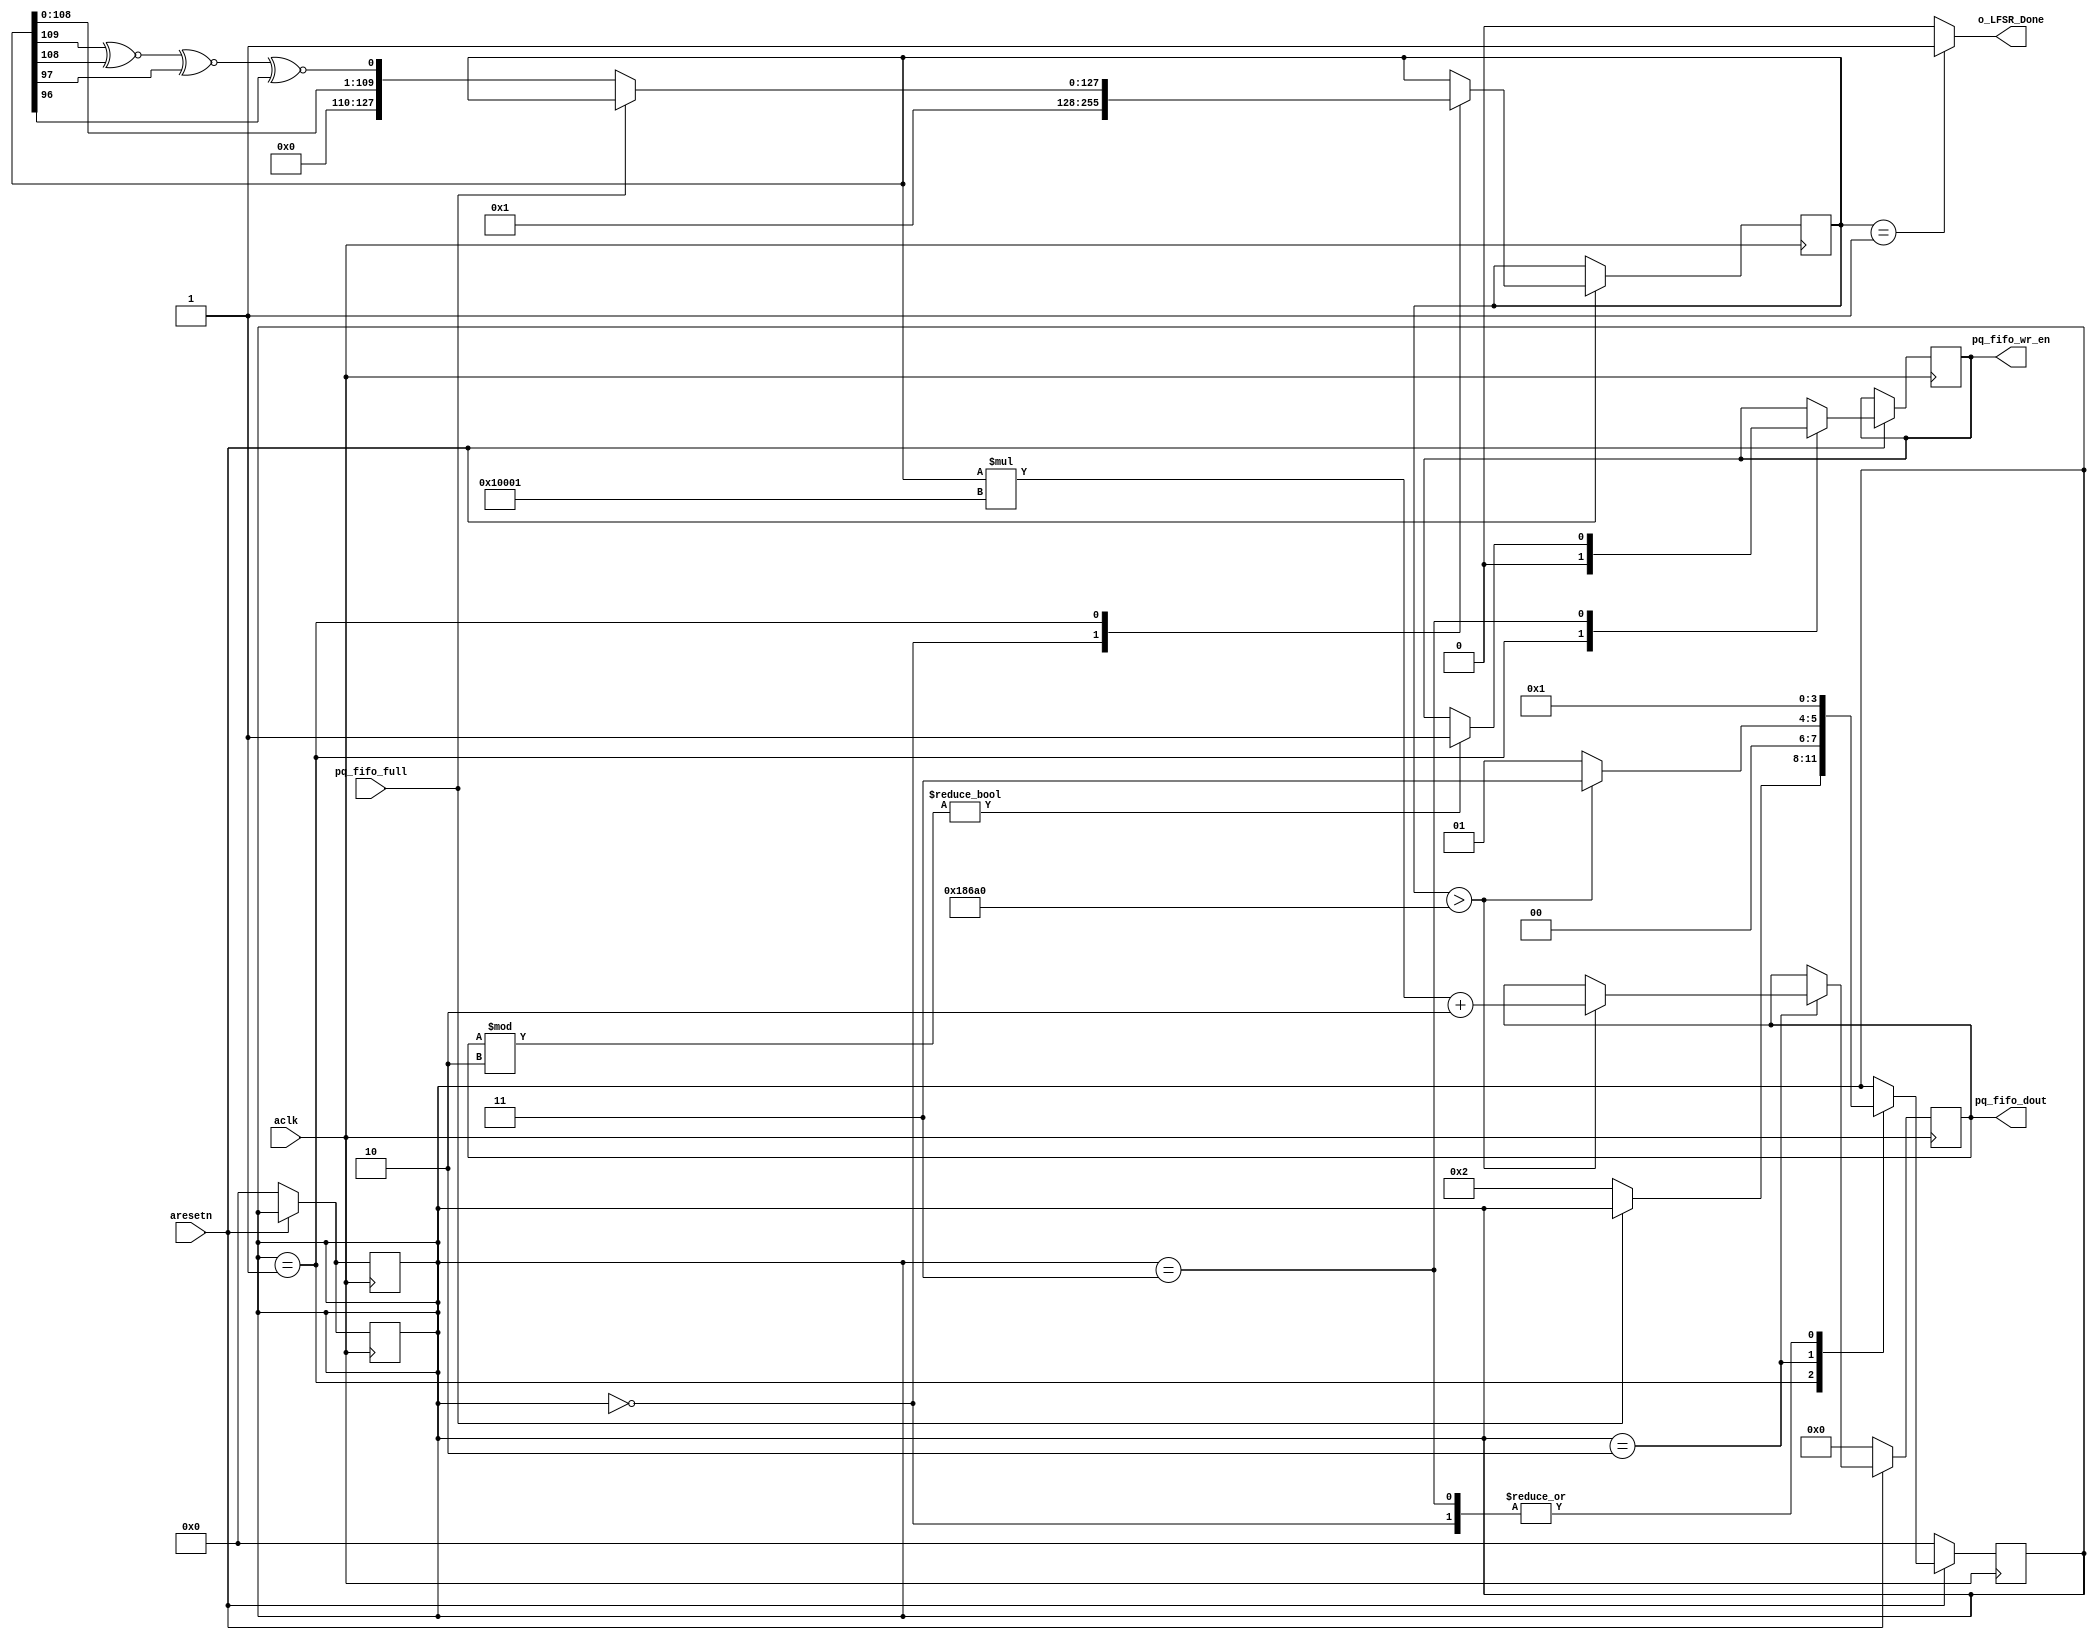
`timescale 1ns / 1ps

module rng512LFSR2 
  #(
    parameter NUM_BITS = 128
   )(

   input aclk,
   input aresetn,
 
   output  reg [NUM_BITS-1:0] pq_fifo_dout,
   output  reg                pq_fifo_wr_en,

   input                      pq_fifo_full,


   output  o_LFSR_Done
   );

    localparam      STATE_INIT    = 0;
    localparam      STATE_1       = 1;
    localparam      STATE_2       = 2;
    localparam      STATE_3       = 3;
 // localparam      STATE_4       = 4;

//---------------------------------------------------------------------------------------------------------------------
// Internal wires and registers
//--------------------------------------------------------------------------------------------------------------------- 
  reg [NUM_BITS:1] r_LFSR = 0;
  reg              r_XNOR;
  // Optional Seed Value
  reg [NUM_BITS-1:0] i_Seed_Data = {NUM_BITS{128'd1}};
  reg [3:0]                  state;
 
 
//---------------------------------------------------------------------------------------------------------------------
// Implementation
//---------------------------------------------------------------------------------------------------------------------

  always @(posedge aclk)
    begin
      if (!aresetn)begin
        state <= STATE_INIT;
      end
      else begin
        case (state)
          STATE_INIT : begin
            state <= STATE_1;
          end
          STATE_1    : begin
            if (!pq_fifo_full) begin
              state   <=STATE_2;
            end
          end
          STATE_2    : begin
            if(r_LFSR>18'd100000 )begin
              state <= STATE_3;
            end
            else begin
              state <=STATE_1;
            end
            //odd chech
          end
          STATE_3    : begin
            state   <= STATE_1;
          end

        
          default    : begin
            //state   <= STATE_INIT;
          end   
        endcase
      end
    end

    always @(posedge aclk)
    begin
      if (!aresetn)begin
        state <= STATE_INIT;
      end
      else begin
        case (state)
          STATE_INIT : begin
            r_LFSR <= i_Seed_Data;
          end
          STATE_1    : begin
           if (!pq_fifo_full) begin
              r_LFSR <= {18'b0,r_LFSR[NUM_BITS-19:1], r_XNOR}; //18+(128-19=109)+1==128
            end
          end
        
          default    : begin
            //state   <= STATE_INIT;
          end   
        endcase
      end
    end

    always @(posedge aclk)
    begin
      if (!aresetn)begin
        pq_fifo_dout <= 1'b0;
      end
      else begin
        case (state)
   
          STATE_2    : begin
            if(r_LFSR>18'd100000 )begin
              pq_fifo_dout <= (r_LFSR*17'd65537)+2'd2; //random number reletivly prime to e value 65537  
            end
            
            //odd check
          end
        
          default    : begin
            //state   <= STATE_INIT;
          end   
        endcase
      end
    end

    always @(posedge aclk)
    begin
      if (!aresetn)begin
        state <= STATE_INIT;
      end
      else begin
        case (state)
          STATE_1 : begin
            pq_fifo_wr_en <= 1'b0;
          end
          STATE_3    : begin
            if (pq_fifo_dout%2) begin
              pq_fifo_wr_en <= 1'b1;
            end
            //pq_fifo_wr_en <= 1'b1;
          end
        
          default    : begin
            //state   <= STATE_INIT;
          end   
        endcase
      end
    end

 
  // Create Feedback Polynomials.  Based on Application Note:
  // http://www.xilinx.com/support/documentation/application_notes/xapp052.pdf
  always @(*)
    begin
      case (NUM_BITS)
        6: begin//3
          r_XNOR = r_LFSR[3] ^~ r_LFSR[2];
        end
        32: begin
          r_XNOR = r_LFSR[32] ^~ r_LFSR[22] ^~ r_LFSR[2] ^~ r_LFSR[1];
        end
        128: begin
          //r_XNOR = r_LFSR[128] ^~ r_LFSR[126] ^~ r_LFSR[101] ^~ r_LFSR[99];// this is just 128bit rng
          //128 bit rng relativly prime to value e=65537=2^16+1=~2^17, 128=17=111;111 bit* 17 bit =128 bit rng
          //r_XNOR = r_LFSR[111] ^~ r_LFSR[101];//equation values in xilinxs LFSR table 
          //110,109,98,97
          r_XNOR = r_LFSR[110] ^~ r_LFSR[109] ^~ r_LFSR[98] ^~ r_LFSR[97];
        end
 
      endcase // case (NUM_BITS)
    end // always @ (*)
    
 
  //assign pq_fifo_dout = r_LFSR[NUM_BITS:1];
 
  // Conditional Assignment (?)
  assign o_LFSR_Done = (r_LFSR[NUM_BITS:1] == i_Seed_Data) ? 1'b1 : 1'b0;
 
endmodule // rng512LFSR2